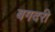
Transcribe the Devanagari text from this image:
बगदरी